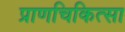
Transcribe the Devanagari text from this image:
प्राणचिकित्सा